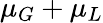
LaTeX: \mu_{G}+\mu_{L}